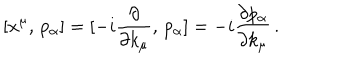
LaTeX: [ x ^ { \mu } , \, p _ { \alpha } ] = [ - i \frac { \partial } { \partial k _ { \mu } } , \, p _ { \alpha } ] = - i \frac { \partial p _ { \alpha } } { \partial k _ { \mu } } \, .